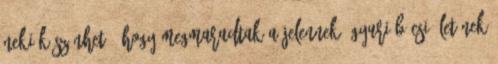
neki köszönhető, hogy megmaradtak a jelennek. Gyuri bácsi életének